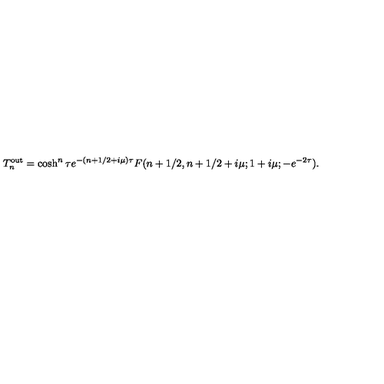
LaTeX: T _ { n } ^ { \mathrm { { o u t } } } = \cosh ^ { n } \tau e ^ { - ( n + 1 / 2 + i \mu ) \tau } F ( n + 1 / 2 , n + 1 / 2 + i \mu ; 1 + i \mu ; - e ^ { - 2 \tau } ) .